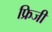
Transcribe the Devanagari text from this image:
फ्रिजी